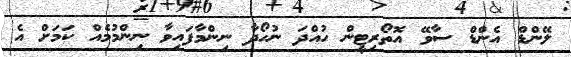
ލޭންޑް އެންޑް ސާވޭ އޮތޯރިޓީން ހުއްދަ ނުހޯދާ ނިންމާފައިވާ ނިންމުމެއް ކަމަށް އެ